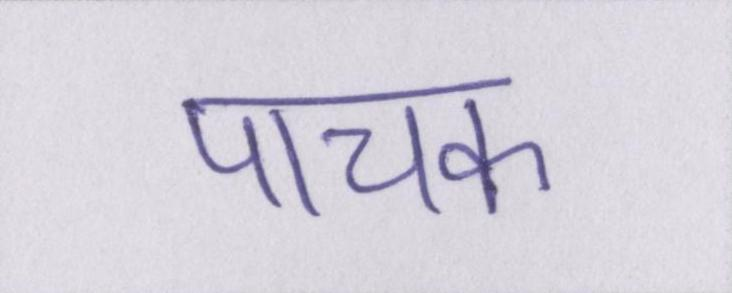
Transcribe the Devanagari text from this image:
पाचक